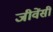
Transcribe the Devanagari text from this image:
जीवेंसीं